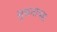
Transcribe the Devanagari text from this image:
मुकनायक